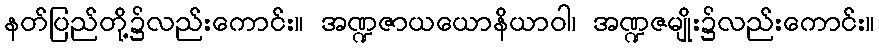
နတ်ပြည်တို့၌လည်းကောင်း။ အဏ္ဍဇာယယောနိယာဝါ၊ အဏ္ဍဇမျိုး၌လည်းကောင်း။